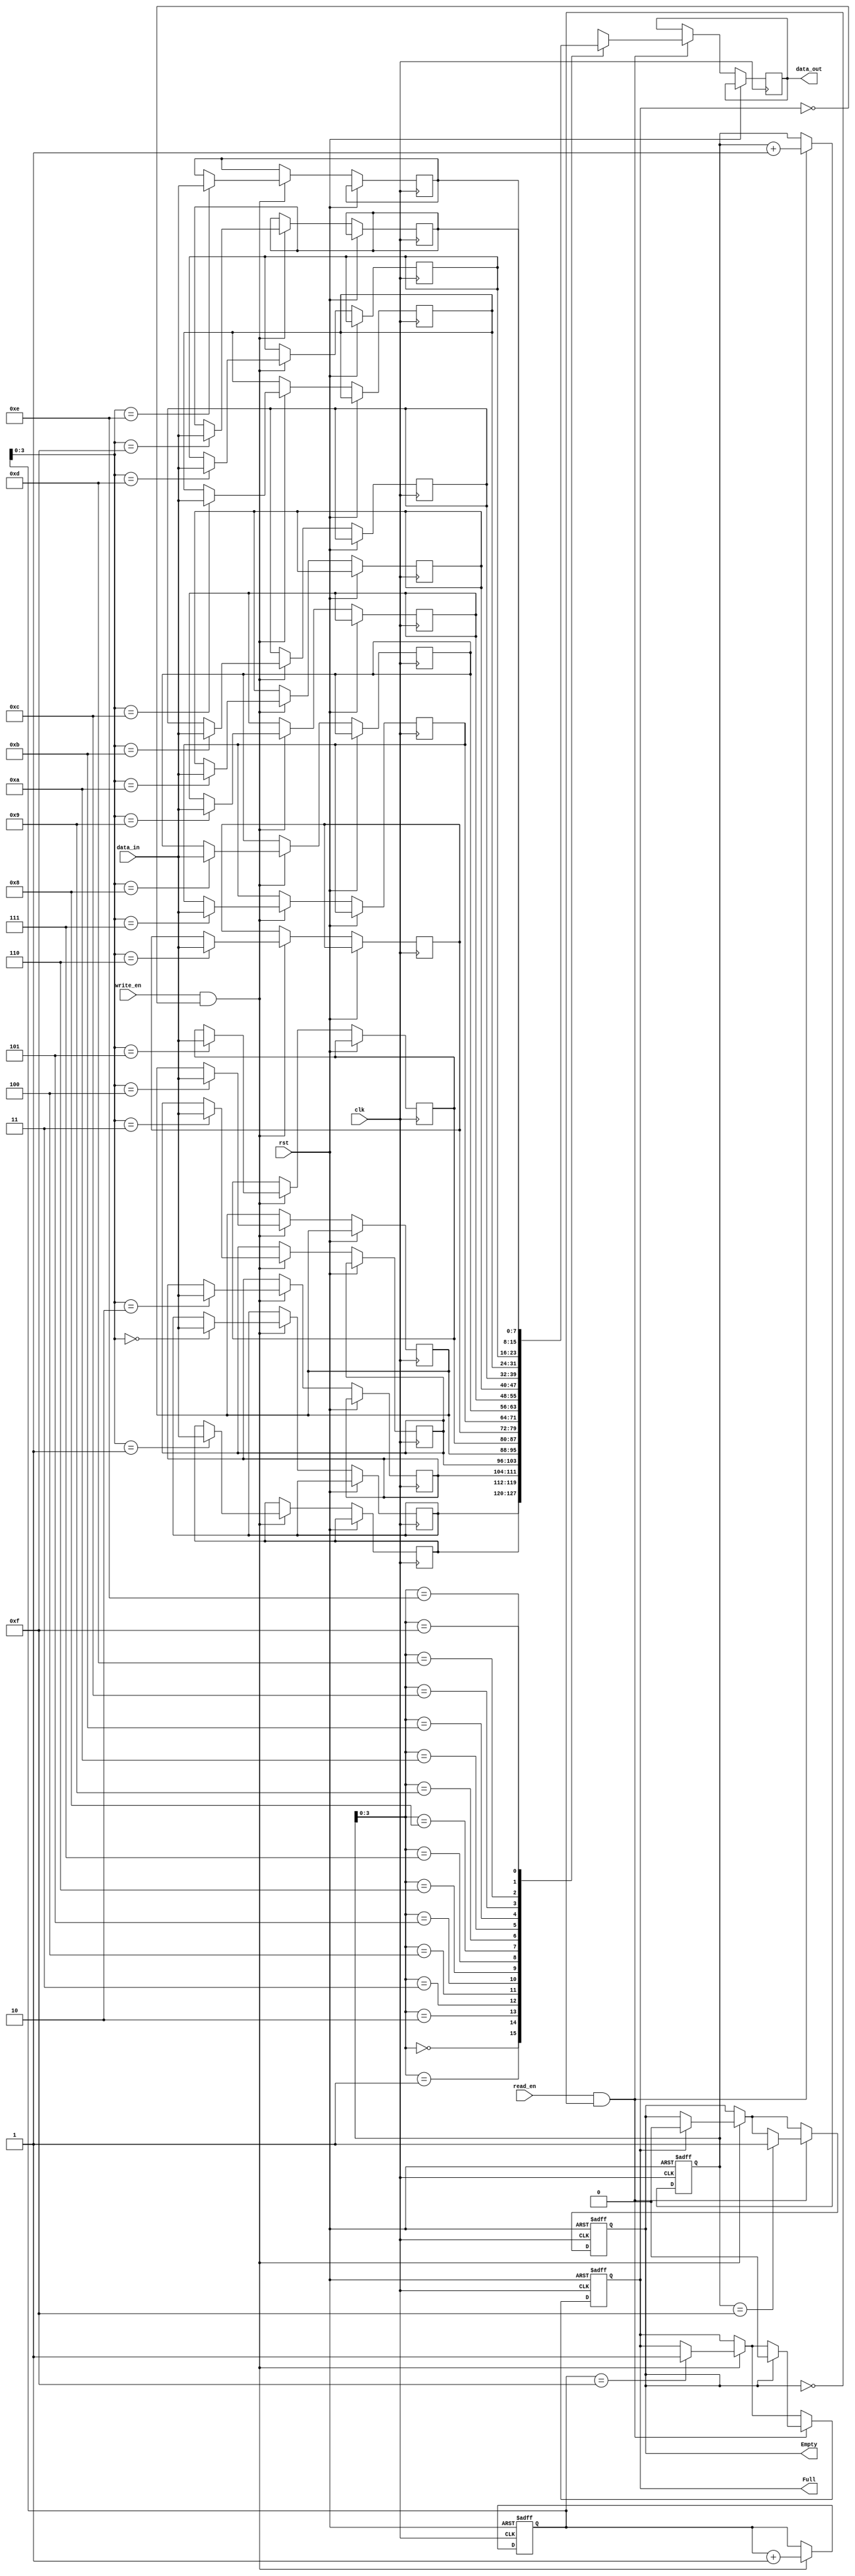
module synchronous_fifo (
    input wire clk,            // Clock signal
    input wire rst,            // Reset signal
    input wire write_en,       // Write enable signal
    input wire read_en,        // Read enable signal
    input wire [7:0] data_in,  // Input data
    output reg [7:0] data_out, // Output data
    
    output reg Full,           // Flag indicating FIFO is full
    output reg Empty           // Flag indicating FIFO is empty
);

// Parameters
parameter WIDTH = 8;
parameter DEPTH = 16;

// Internal signals
reg [WIDTH-1:0] memory [0:DEPTH-1];
reg [4:0] write_ptr;
reg [4:0] read_ptr;

// Control logic for managing FIFO operation
always @(posedge clk or posedge rst) begin
    if (rst) begin
        write_ptr <= 5'b0;
        read_ptr <= 5'b0;
        Full <= 1'b0;
        Empty <= 1'b1;
    end else begin
        if (write_en && !Full) begin
            memory[write_ptr] <= data_in;
            write_ptr <= write_ptr + 1;
            if (write_ptr == DEPTH-1)
                Full <= 1'b1;
            if (Full)
                Empty <= 1'b0;
        end
        if (read_en && !Empty) begin
            data_out <= memory[read_ptr];
            read_ptr <= read_ptr + 1;
            if (read_ptr == DEPTH-1)
                Empty <= 1'b1;
            if (Empty)
                Full <= 1'b0;
        end
    end
end

endmodule